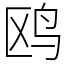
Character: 鸥